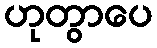
ဟုတွာပေ